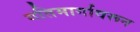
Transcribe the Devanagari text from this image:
गतिमार्गावरून